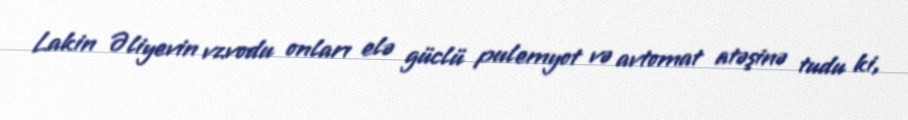
Lakin Əliyevin vzvodu onları elə güclü pulemyot və avtomat atəşinə tudu ki,